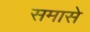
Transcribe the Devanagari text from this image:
समासे